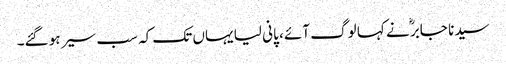
سیدنا جابرؓ نے کہا لوگ آئے ، پانی لیا یہاں تک کہ سب سیر ہو گئے۔